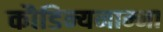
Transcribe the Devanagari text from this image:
कौडिन्यनाम्ना